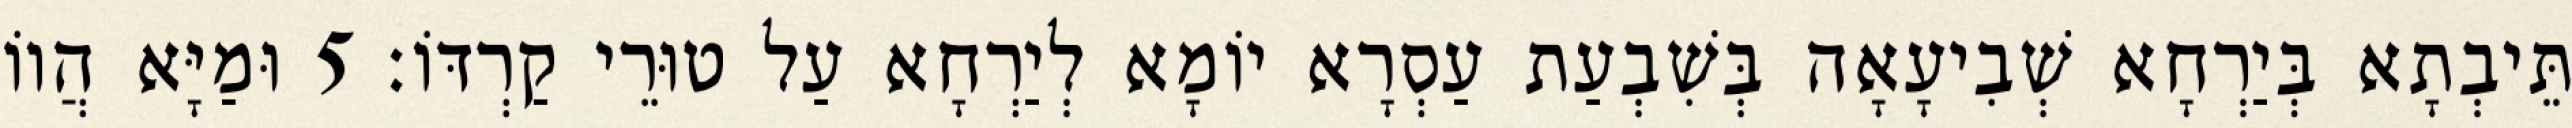
תֵּיבְתָא בְּיַרְחָא שְׁבִיעָאָה בְּשִׁבְעַת עַסְרָא יוֹמָא לְיַרְחָא עַל טוּרֵי קַרְדּוֹ׃ 5 וּמַיָּא הֲווֹ